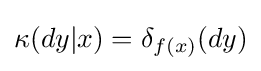
\kappa (dy|x)=\delta _{f(x)}(dy)